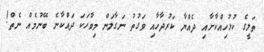
ތަލީގެ ކުޅުހިއްކާށާއި ދެއްޔާ ކަރުދާހާއި ވަގުތު ނަގާލަން މިވާހަކަ ދައްކާނެ ބޭނުމެއް ނެތް!